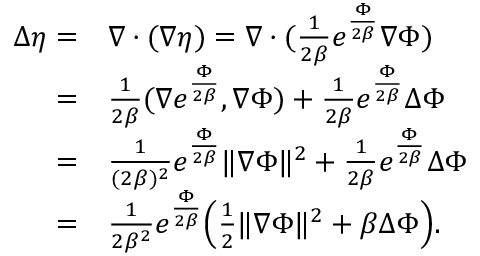
\begin{array} { r l } { \Delta \eta = } & { \nabla \cdot ( \nabla \eta ) = \nabla \cdot ( \frac { 1 } { 2 \beta } e ^ { \frac { \Phi } { 2 \beta } } \nabla \Phi ) } \\ { = } & { \frac { 1 } { 2 \beta } ( \nabla e ^ { \frac { \Phi } { 2 \beta } } , \nabla \Phi ) + \frac { 1 } { 2 \beta } e ^ { \frac { \Phi } { 2 \beta } } \Delta \Phi } \\ { = } & { \frac { 1 } { ( 2 \beta ) ^ { 2 } } e ^ { \frac { \Phi } { 2 \beta } } \| \nabla \Phi \| ^ { 2 } + \frac { 1 } { 2 \beta } e ^ { \frac { \Phi } { 2 \beta } } \Delta \Phi } \\ { = } & { \frac { 1 } { 2 \beta ^ { 2 } } e ^ { \frac { \Phi } { 2 \beta } } \Big ( \frac { 1 } { 2 } \| \nabla \Phi \| ^ { 2 } + \beta \Delta \Phi \Big ) . } \end{array}